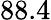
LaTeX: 88.4